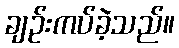
ချဉ်းကပ်ခဲ့သည်။